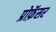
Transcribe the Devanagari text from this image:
प्रोफ़ॅसर